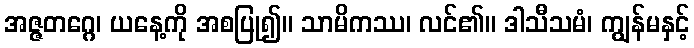
အဇ္ဇတဂ္ဂေ၊ ယနေ့ကို အစပြု၍။ သာမိကဿ၊ လင်၏။ ဒါသီသမံ၊ ကျွန်မနှင့်